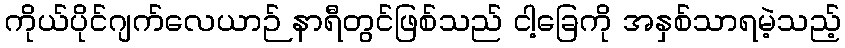
ကိုယ်ပိုင်ဂျက်လေယာဉ် နာရီတွင်ဖြစ်သည် ငါ့ခြေကို အနှစ်သာရမဲ့သည့်